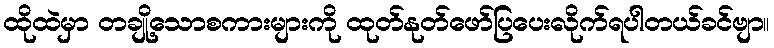
ထိုထဲမှာ တချို့သောစကားများကို ထုတ်နုတ်ဖော်ပြပေးလိုက်ရပါတယ်ခင်ဗျာ။